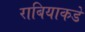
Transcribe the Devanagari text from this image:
राबियाकडे